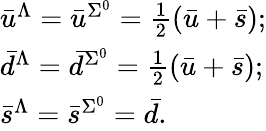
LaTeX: \begin{array}{lllc}{{\bar{u}^{\Lambda}=\bar{u}^{\Sigma^{0}}=\frac{1}{2}(\bar{u}+\bar{s});}}\\ {{\bar{d}^{\Lambda}=\bar{d}^{\Sigma^{0}}=\frac{1}{2}(\bar{u}+\bar{s});}}\\ {{\bar{s}^{\Lambda}=\bar{s}^{\Sigma^{0}}=\bar{d}.}}\end{array}